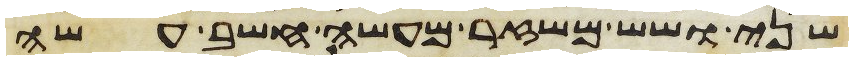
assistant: שני ושש משזר מעשה חשב עשה